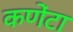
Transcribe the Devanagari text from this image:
कणेंटा